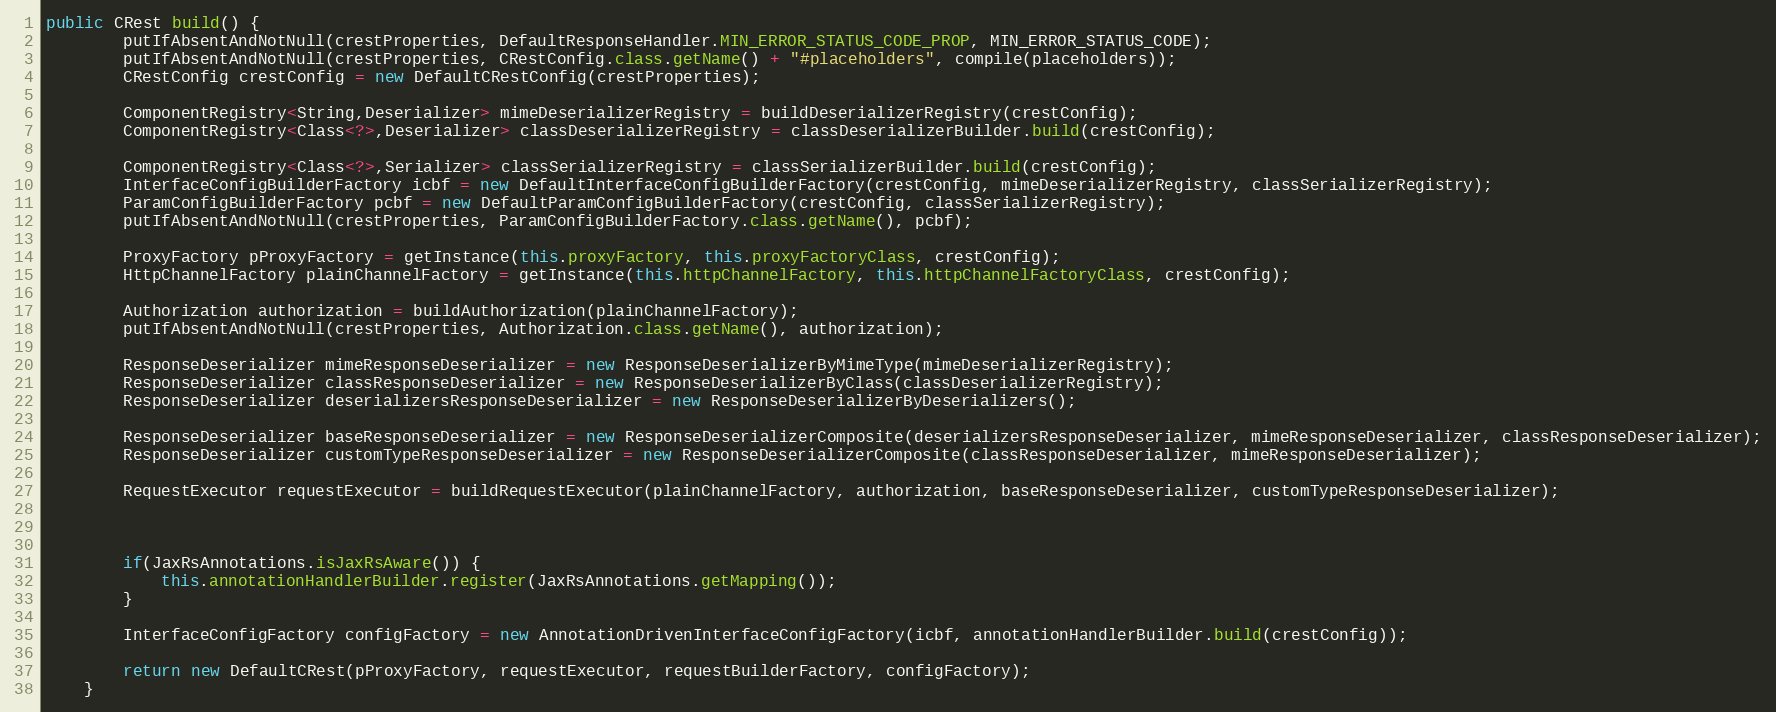
Language: Java
public CRest build() {
        putIfAbsentAndNotNull(crestProperties, DefaultResponseHandler.MIN_ERROR_STATUS_CODE_PROP, MIN_ERROR_STATUS_CODE);
        putIfAbsentAndNotNull(crestProperties, CRestConfig.class.getName() + "#placeholders", compile(placeholders));
        CRestConfig crestConfig = new DefaultCRestConfig(crestProperties);

        ComponentRegistry<String,Deserializer> mimeDeserializerRegistry = buildDeserializerRegistry(crestConfig);
        ComponentRegistry<Class<?>,Deserializer> classDeserializerRegistry = classDeserializerBuilder.build(crestConfig);

        ComponentRegistry<Class<?>,Serializer> classSerializerRegistry = classSerializerBuilder.build(crestConfig);
        InterfaceConfigBuilderFactory icbf = new DefaultInterfaceConfigBuilderFactory(crestConfig, mimeDeserializerRegistry, classSerializerRegistry);
        ParamConfigBuilderFactory pcbf = new DefaultParamConfigBuilderFactory(crestConfig, classSerializerRegistry);
        putIfAbsentAndNotNull(crestProperties, ParamConfigBuilderFactory.class.getName(), pcbf);

        ProxyFactory pProxyFactory = getInstance(this.proxyFactory, this.proxyFactoryClass, crestConfig);
        HttpChannelFactory plainChannelFactory = getInstance(this.httpChannelFactory, this.httpChannelFactoryClass, crestConfig);

        Authorization authorization = buildAuthorization(plainChannelFactory);
        putIfAbsentAndNotNull(crestProperties, Authorization.class.getName(), authorization);

        ResponseDeserializer mimeResponseDeserializer = new ResponseDeserializerByMimeType(mimeDeserializerRegistry);
        ResponseDeserializer classResponseDeserializer = new ResponseDeserializerByClass(classDeserializerRegistry);
        ResponseDeserializer deserializersResponseDeserializer = new ResponseDeserializerByDeserializers();

        ResponseDeserializer baseResponseDeserializer = new ResponseDeserializerComposite(deserializersResponseDeserializer, mimeResponseDeserializer, classResponseDeserializer);
        ResponseDeserializer customTypeResponseDeserializer = new ResponseDeserializerComposite(classResponseDeserializer, mimeResponseDeserializer);

        RequestExecutor requestExecutor = buildRequestExecutor(plainChannelFactory, authorization, baseResponseDeserializer, customTypeResponseDeserializer);

        if(JaxRsAnnotations.isJaxRsAware()) {
            this.annotationHandlerBuilder.register(JaxRsAnnotations.getMapping());
        }

        InterfaceConfigFactory configFactory = new AnnotationDrivenInterfaceConfigFactory(icbf, annotationHandlerBuilder.build(crestConfig));

        return new DefaultCRest(pProxyFactory, requestExecutor, requestBuilderFactory, configFactory);
    }